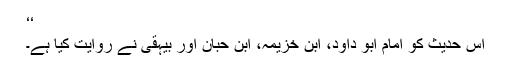
‘‘
اس حدیث کو امام ابو داود، ابن خزیمہ، ابن حبان اور بیہقی نے روایت کیا ہے۔